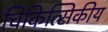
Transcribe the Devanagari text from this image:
चिकित्सिकीय